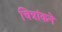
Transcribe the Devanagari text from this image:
चित्रांकने